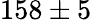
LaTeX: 158\pm 5